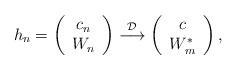
LaTeX: \begin{align*}h_n=\left(\begin{array}{c}c_n\\W_n\end{array}\right)\overset{\mathcal{D}}{\longrightarrow}\left(\begin{array}{c}c\\W_m^*\end{array}\right),\end{align*}